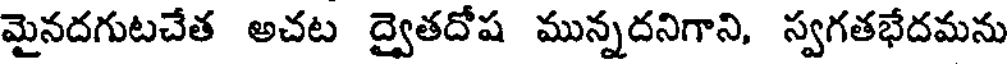
మైనదగుటచేత అచట ద్వైతదోష మున్నదనిగాని, స్వగతభేదమను